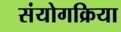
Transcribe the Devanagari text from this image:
संयोगक्रिया